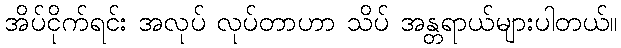
အိပ်ငိုက်ရင်း အလုပ် လုပ်တာဟာ သိပ် အန္တရာယ်များပါတယ်။